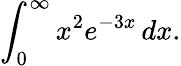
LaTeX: \int_{0}^{\infty}x^{2}e^{-3x}\, dx.